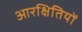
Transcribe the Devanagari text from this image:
आरक्षितियों